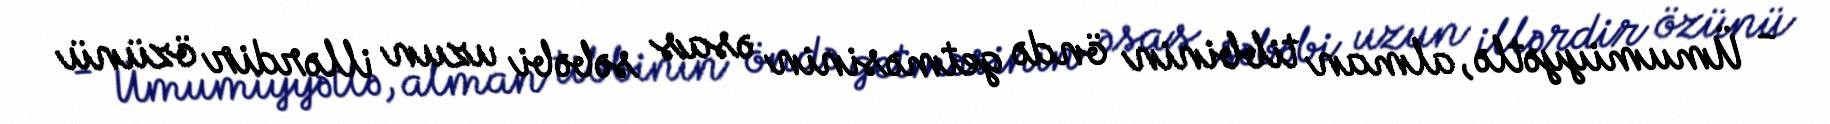
- Ümumiyyətlə, alman tibbinin öndə getməsinin əsas səbəbi uzun illərdir özünü